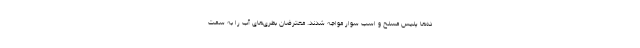
ده‌ها پلیس مسلح و اسب سوار مواجه شدند. معترضان بطری‌های آب را به سمت